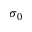
\sigma _ { 0 }